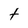
Character: t